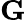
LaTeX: \textbf{G}